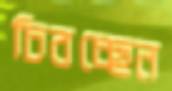
চিবচ্ছেন